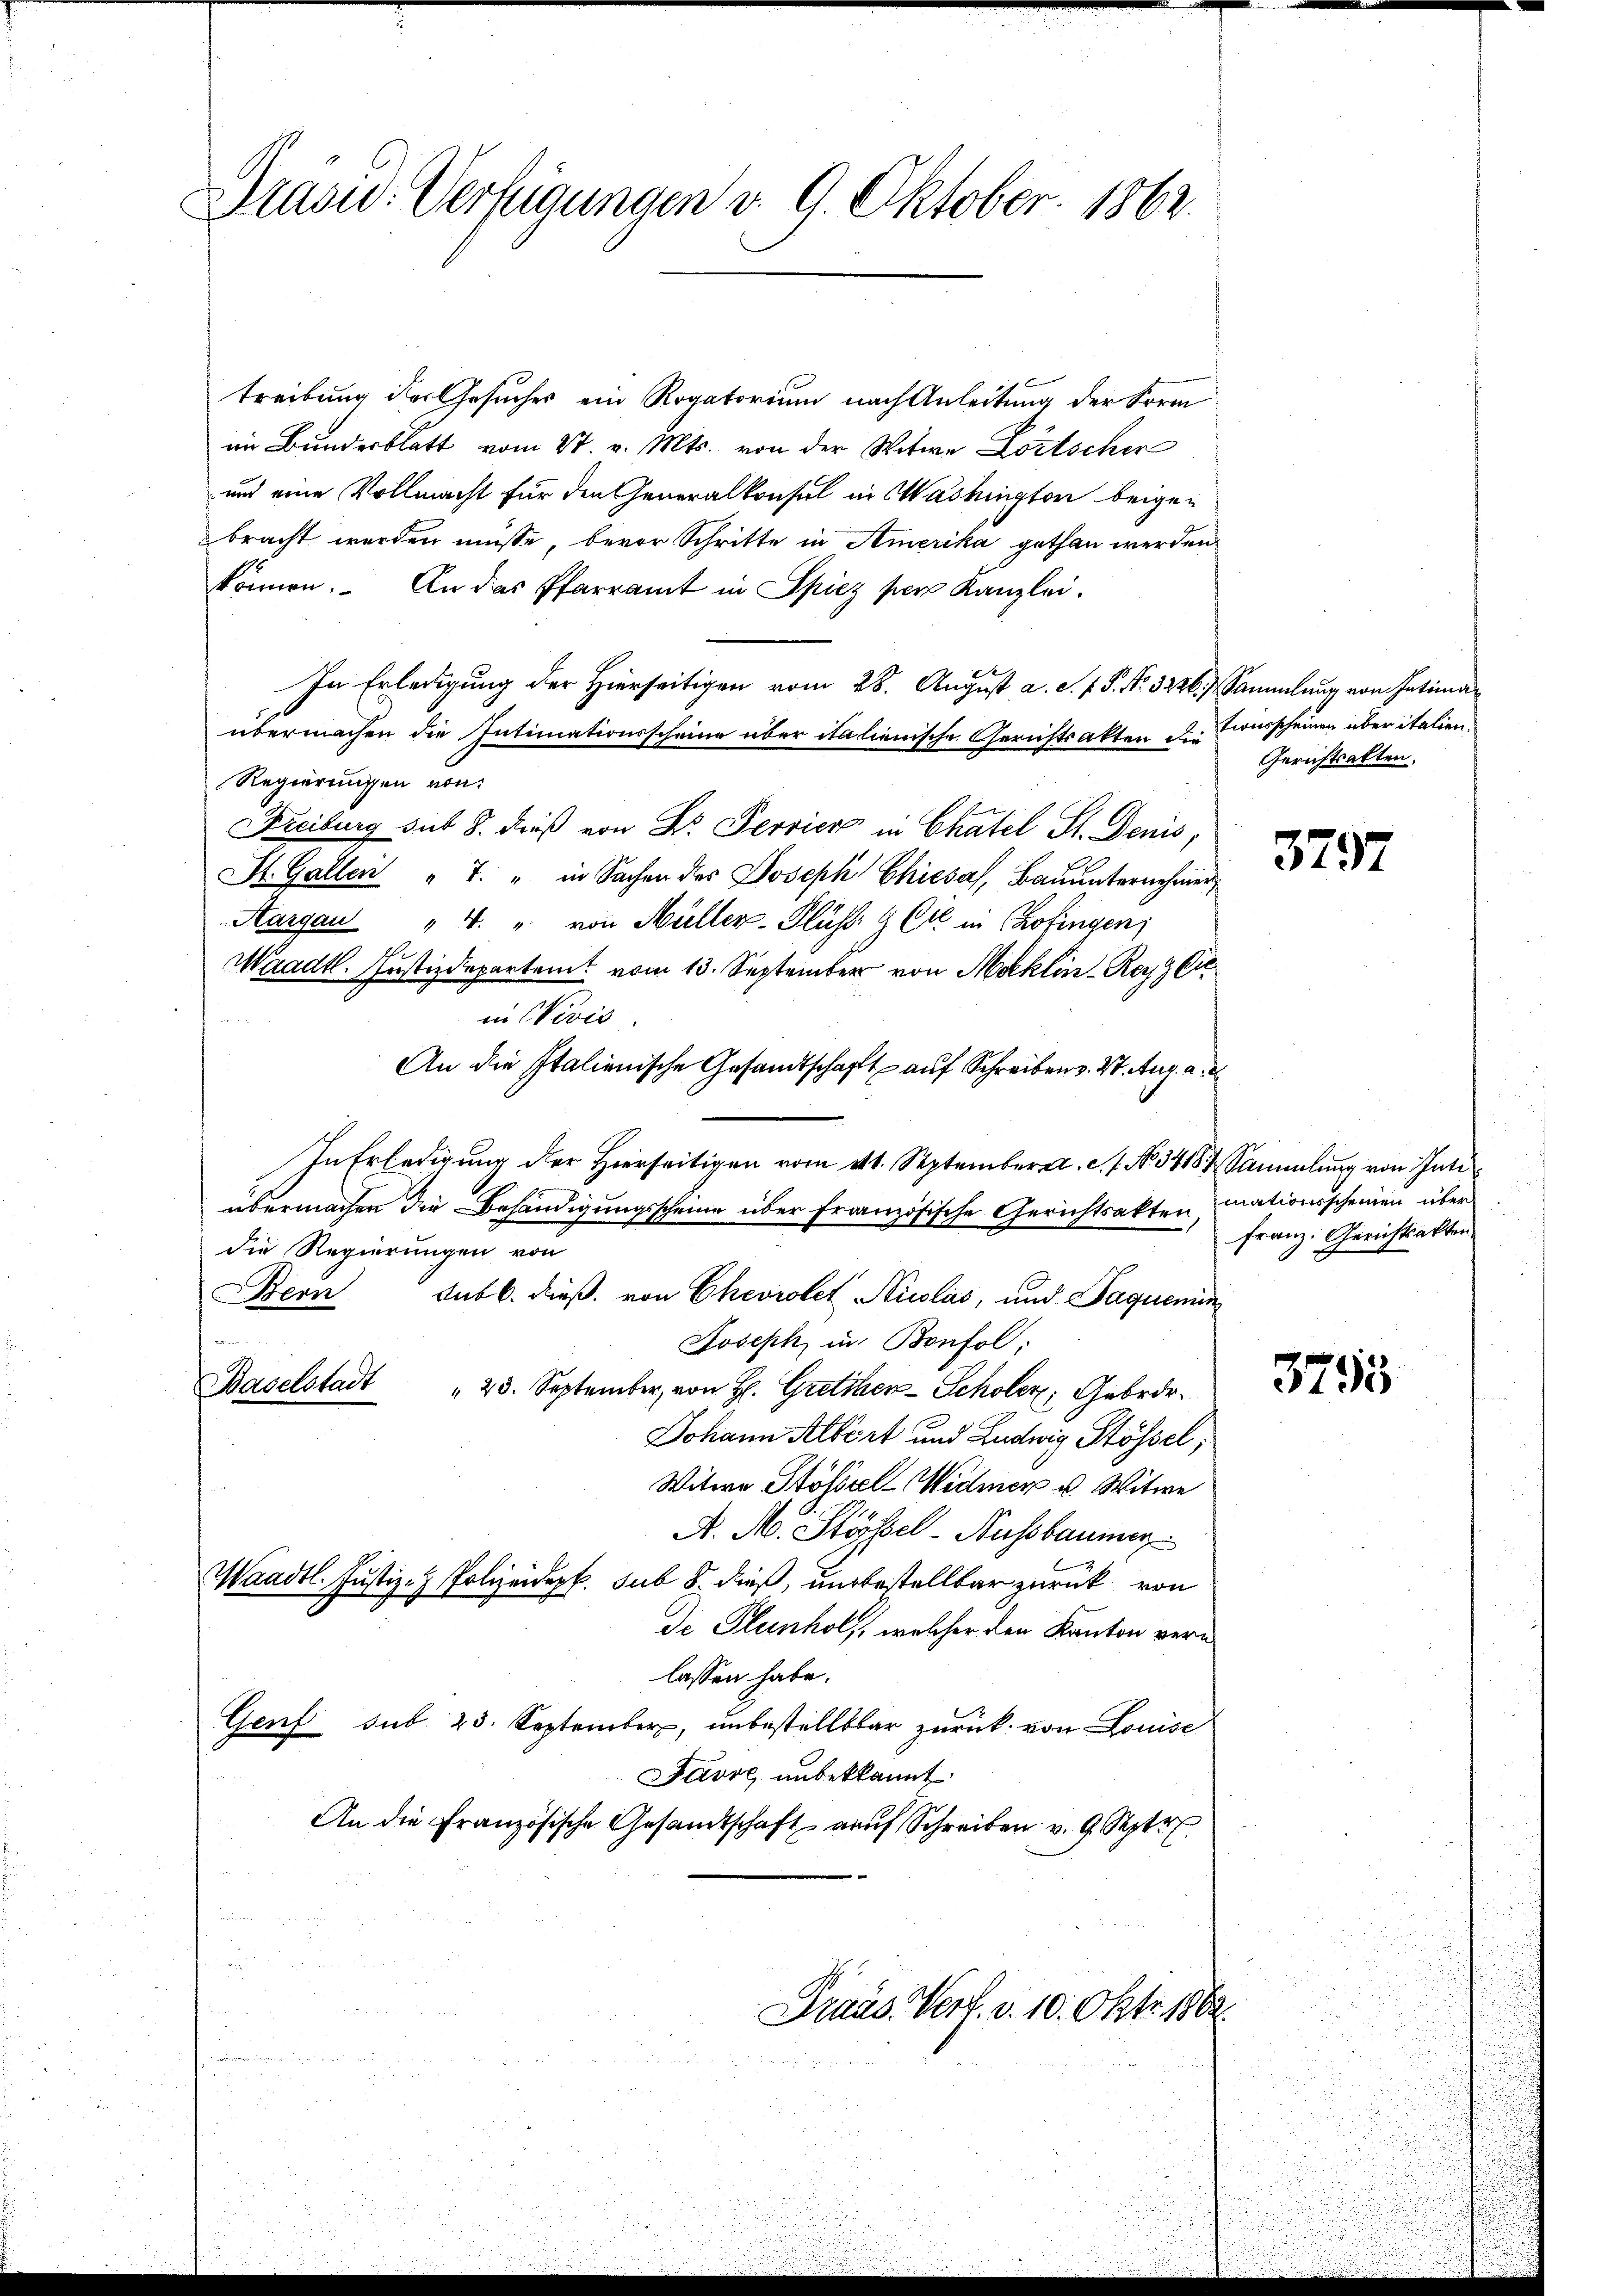
Grasu. Verfügungen v. 9. Oktober 1862.

treibung der Gesuches ein Rogatorium nach Anleitung der Form
im Bundesblatt vom St. v. Mts. von der Witwe Löstscher
und eine Vollmacht für den Generalkonsul in Washington beigebracht werden müsse, bevor Schritte in Amerika gethan werden
können. An das Pfarramt in Spiez per Kanzlei.
In Erledigung der Hierseitigen vom 28. August a. c. f. P. Nr. 3226. Sammlung von Intimaübermachen die Intimationsscheine über italienische Gerichtsakten der Tonsscheinen über italien
Regiernissen von
Freiburg sub 8. dieß von Dr. Servier in Chatel St. Denis,
St. Gallen " 7. " in Sachen des Joseph Chiesal, Bauunternehmer,
Aargau " 4. u. von Müller-Flüsse & Cie in Chofingen;
Waadt. Justizdepartamt vom 13. September von Moklin - Rey C
in (Vivis
An die Italienische Gesandtschaft auf Schreiben v. 2. Aug. a. a.
In Erledigung der Hierseitigen vom 11. September a. c. s. No. 348 Sammlung von Intiübermachen die Behändigungsscheine über französische Gerichtsakten, mationsscheinen über
die Regierungen von
Bern Subb. dieß, von Chevrolet Nicolas, und Jaquemin
Joseph in Bonfol:
Baselstadt " 23. September, von H. Gretchen-Scholer, Gebrdr¬
Johann Albert und Ludwig Stössel,
Witwe Stöfiel Widmer u. Witwe
A. A. Stöbel-Aussbaumer
Waadt. Justiz- & Polizeidepf. sub 8. dieß, unbestellbar zurück von
de Plunhol, welcher den Kanton vernlassen habe.
Genf sub. 23. September, unbestelltbar zurück von Louise
Javre, unbekannt.
An die Französische Gesandtschaft auf Schreiben v. 9. Sept.
Praas Verf. v. 10. Okt. 1862

Gerichtsakten.

3797

Franz. Gerichtsakten

3795